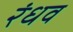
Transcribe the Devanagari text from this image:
रंधव